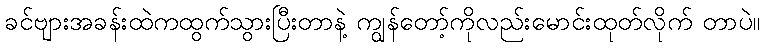
ခင်ဗျားအခန်းထဲကထွက်သွားပြီးတာနဲ့ ကျွန်တော့်ကိုလည်းမောင်းထုတ်လိုက် တာပဲ။